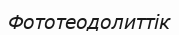
Фототеодолиттік